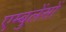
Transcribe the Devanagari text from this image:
एम्बुलेंसों